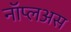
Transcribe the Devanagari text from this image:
नॉप्लअस